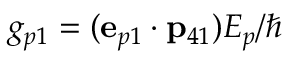
g _ { p 1 } = ( { \bf e } _ { p 1 } \cdot { \bf p } _ { 4 1 } ) { \cal E } _ { p } / \hbar